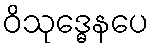
ဝိသုဒ္ဓေနပေ